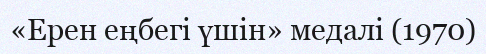
«Ерен еңбегі үшін» медалі (1970)